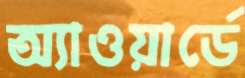
অ্যাওয়ার্ডে